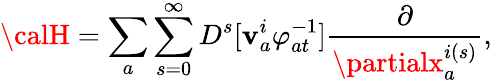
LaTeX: {\calH}=\sum_{a}\sum_{s=0}^{\infty}D^{s}[\mathbf{v}_{a}^{i}\varphi_{at}^{-1}]\frac{{\partial}}{{\partialx_{a}^{i(s)}}},